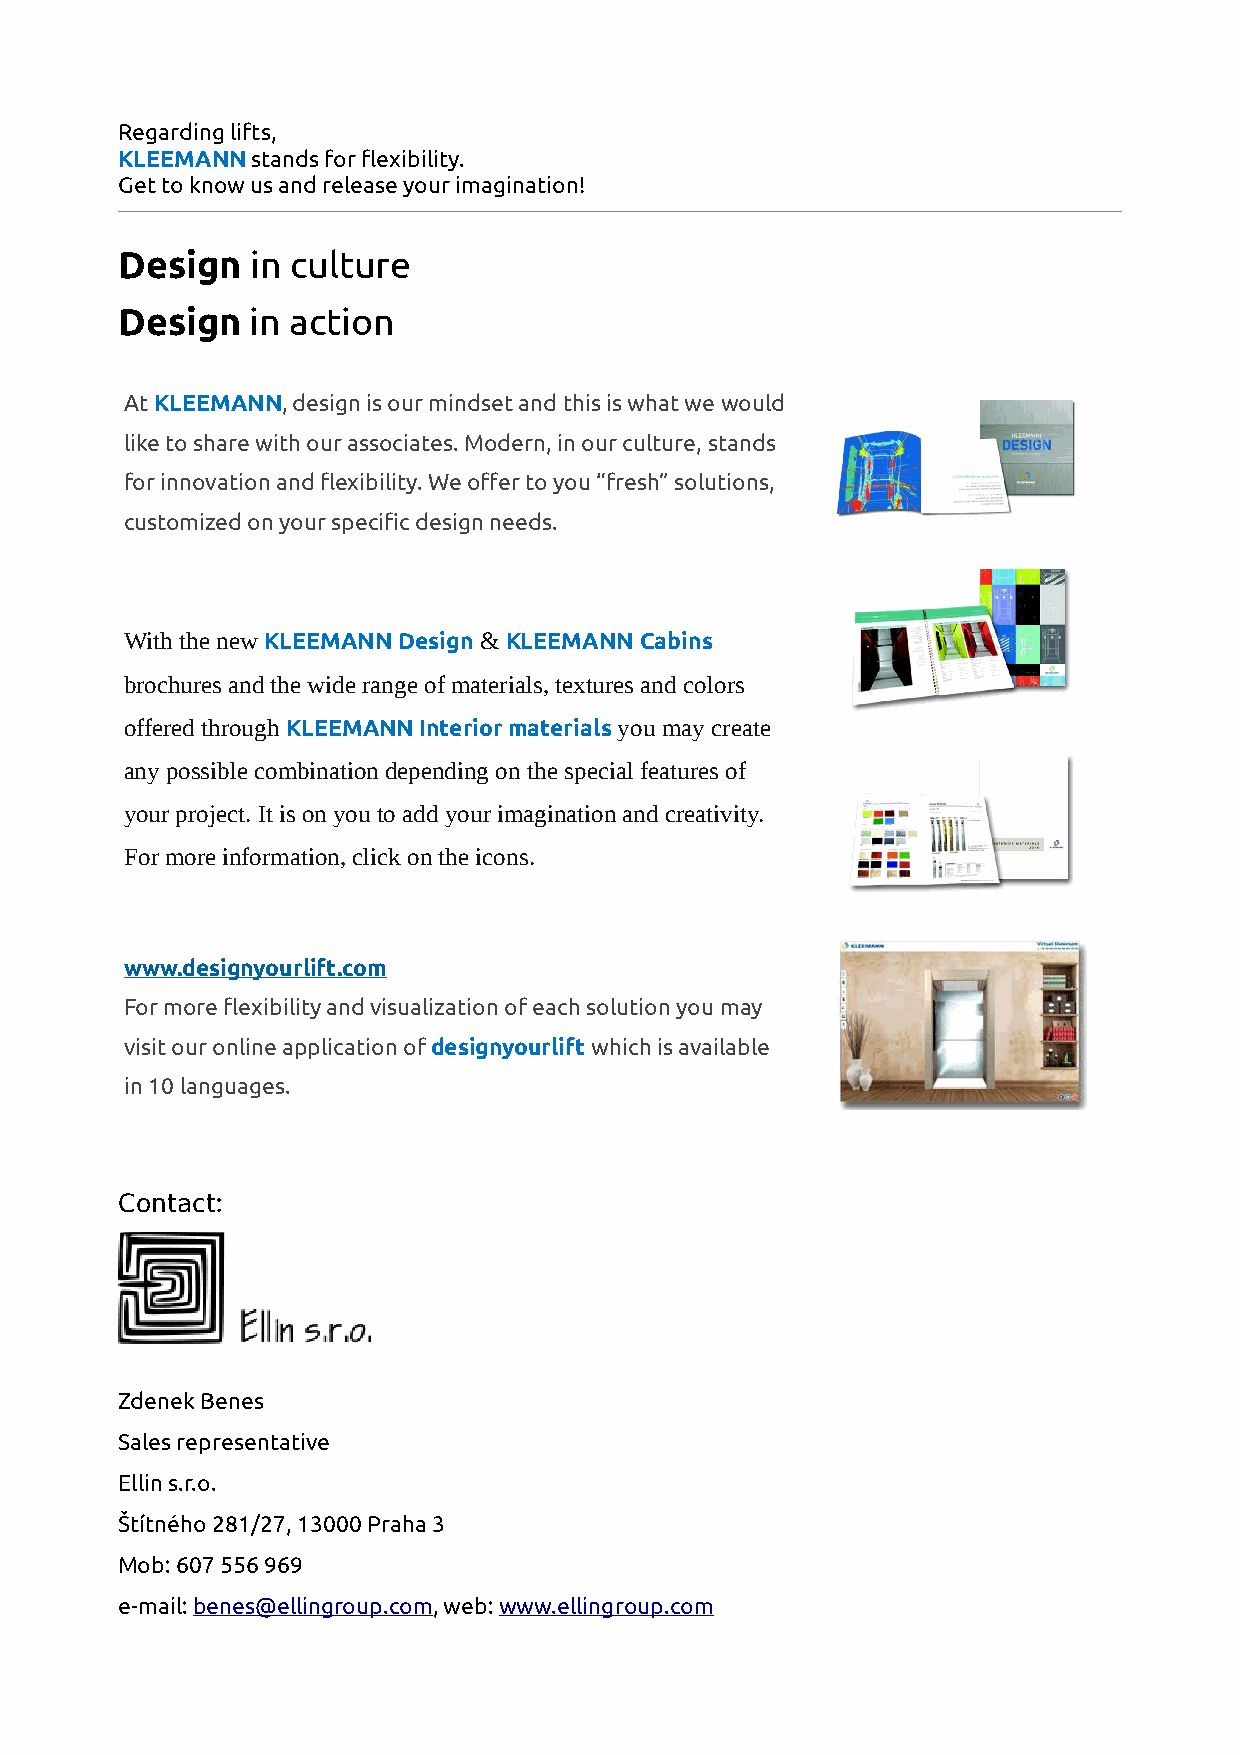
Regarding lifts,
 KLEEMANN stands for flexibility.
 Get to know us and release your imagination!
 Design   in culture
 Design   in action
 At KLEEMANN, design is our mindset and this is what we would
 like to share with our associates. Modern, in our culture, stands
 for innovation and flexibility. We offer to you “fresh” solutions,
 customized on your specific design needs.
 With the new KLEEMANN Design & KLEEMANN Cabins
 brochures and the wide range of materials, textures and colors
 offered through KLEEMANN Interior materials you may create
 any possible combination depending on the special features of
 your project. It is on you to add your imagination and creativity.
 For more information, click on the icons.
 www.designyourlift.com
 For more flexibility and visualization of each solution you may
 visit our online application of designyourlift which is available
 in 10 languages.
 Contact:
 Zdenek Benes
 Sales representative
 Ellin s.r.o.
 Štítného 281/27, 13000 Praha 3
 Mob: 607 556 969
 e-mail: benes@ellingroup.com, web: www.ellingroup.com